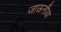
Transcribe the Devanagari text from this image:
जाऊनीया